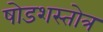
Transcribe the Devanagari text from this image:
षोडशस्तोत्र